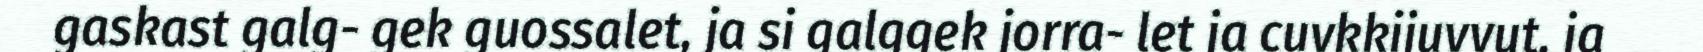
gaskast galg- gek guossalet, ja si galggek jorra- let ja cuvkkijuvvut, ja